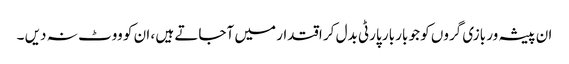
ان پیشہ ور بازی گروں کو جو بار بار پارٹی بدل کر اقتدار میں آجاتے ہیں ، ان کو ووٹ نہ دیں ۔